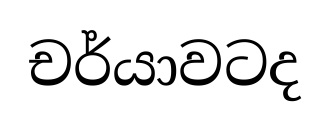
චර්යාවටද